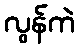
လွန်ကဲ